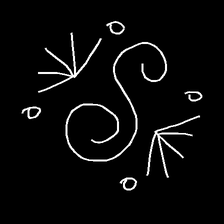
Glyph: aeroform